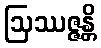
ဩဿဇ္ဇန္တိ